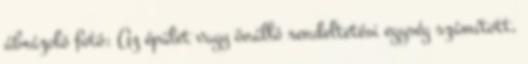
ábrázoló fotó: Az épület vagy önálló rendeltetési egység számított,